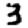
Digit: 3